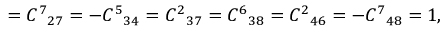
= { C ^ { 7 } } _ { 2 7 } = - { C ^ { 5 } } _ { 3 4 } = { C ^ { 2 } } _ { 3 7 } = { C ^ { 6 } } _ { 3 8 } = { C ^ { 2 } } _ { 4 6 } = - { C ^ { 7 } } _ { 4 8 } = 1 ,